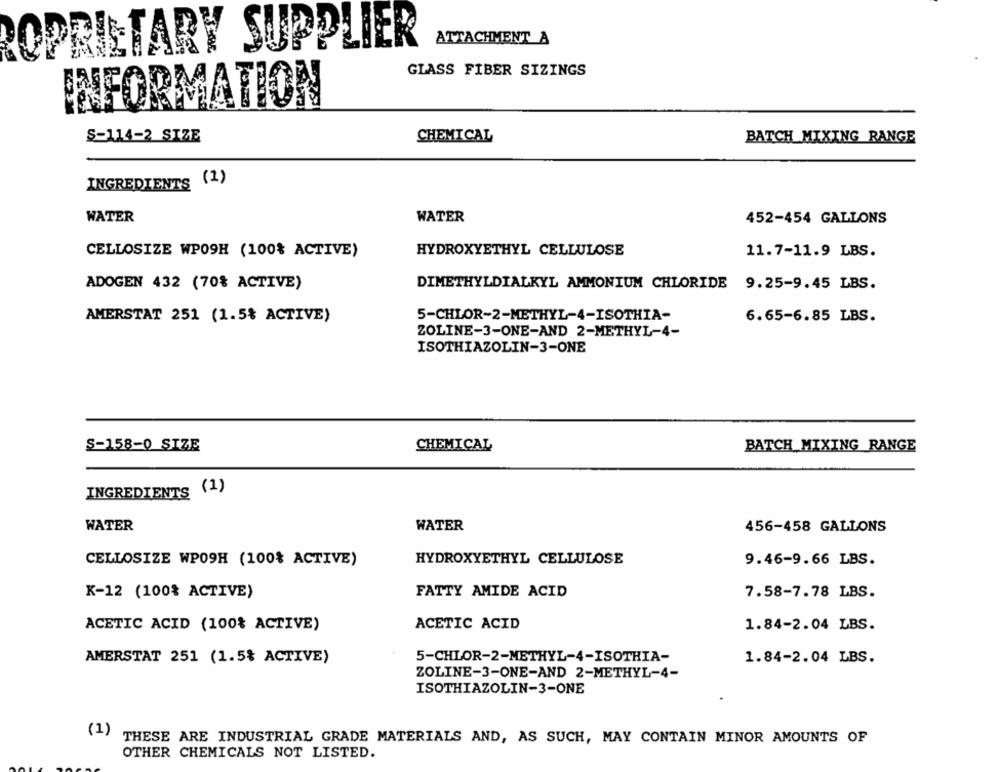
OPRIETARY SUPPLIER
ATTACHMENT A
GLASS FIBER SIZINGS
INFORMATION
S-114-2 SIZE
CHEMICAL
BATCH MIXING RANGE
INGREDIENTS (1)
WATER
WATER
452-454 GALLONS
CELLOSIZE WPO9H (100% ACTIVE)
HYDROXYETHYL CELLULOSE
11.7-11.9 LBS.
ADOGEN 432 (70% ACTIVE)
DIMETHYLDIALKYL AMMONIUM CHLORIDE 9.25-9.45 LBS.
5-CHLOR-2-METHYL-4-ISOTHIA-
AMERSTAT 251 (1.5% ACTIVE)
6.65-6.85 LBS.
ZOLINE-3-ONE-AND 2-METHYL-4-
ISOTHIAZOLIN-3-ONE
S-158-0 SIZE
CHEMICAL
BATCH MIXING RANGE
INGREDIENTS (1)
WATER
WATER
456-458 GALLONS
CELLOSIZE WPO9H (100% ACTIVE)
HYDROXYETHYL CELLULOSE
9.46-9.66 LBS.
K-12 (100% ACTIVE)
FATTY AMIDE ACID
7.58-7.78 LBS.
ACETIC ACID
1.84-2.04 LBS.
ACETIC ACID (100% ACTIVE)
AMERSTAT 251 (1.5% ACTIVE)
5-CHLOR-2-METHYL-4-ISOTHIA-
1.84-2.04 LBS.
ZOLINE-3-ONE-AND 2-METHYL-4-
ISOTHIAZOLIN-3-ONE
(1)
THESE ARE INDUSTRIAL GRADE MATERIALS AND, AS SUCH, MAY CONTAIN MINOR AMOUNTS OF
OTHER CHEMICALS NOT LISTED.